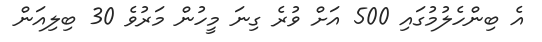
އެ ބިންހެލުމުގައި 500 އަށް ވުރެ ގިނަ މީހުން މަރުވެ 30 ބިލިއަން